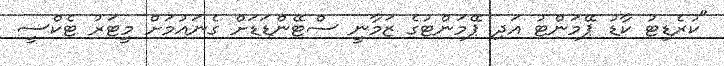
"ކުރެޑިޓު ކާޑު ޕޭމަންޓު އަދި ޕޭމަންޓުގެ ޒަމާނީ ސްޓޭންޑަޑަށް ގެނައުމަށް މީޓަރު ޓެކްސީ